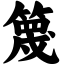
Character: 篾